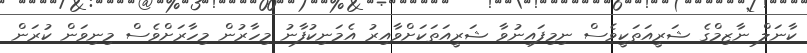
ކާނަލް ނާޒިމްގެ ޝަރީއަތަކީވެސް ނިމިފައިނުވާ ޝަރީއަތަކަށްވާއިރު އެމަނިކުފާނު މިހާރުން މިހާރަށްވެސް މިނިވަން ކުރަން